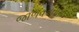
જાળવવવાના